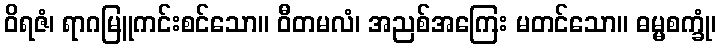
ဝိရဇံ၊ ရာဂမြူကင်းစင်သော။ ဝီတမလံ၊ အညစ်အကြေး မတင်သော။ ဓမ္မစက္ခုံ၊